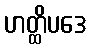
ဟတ္ထိပဒေ